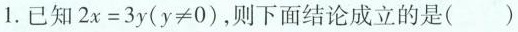
1.已知$$2 x = 3 y ( y ≠ 0 )，则下面结论成立的是( )